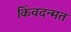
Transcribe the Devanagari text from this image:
किंवदन्मत